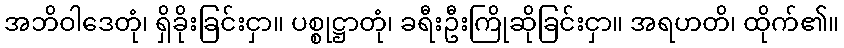
အဘိဝါဒေတုံ၊ ရှိခိုးခြင်းငှာ။ ပစ္စုဋ္ဌာတုံ၊ ခရီးဦးကြိုဆိုခြင်းငှာ။ အရဟတိ၊ ထိုက်၏။